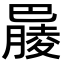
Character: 𣎞